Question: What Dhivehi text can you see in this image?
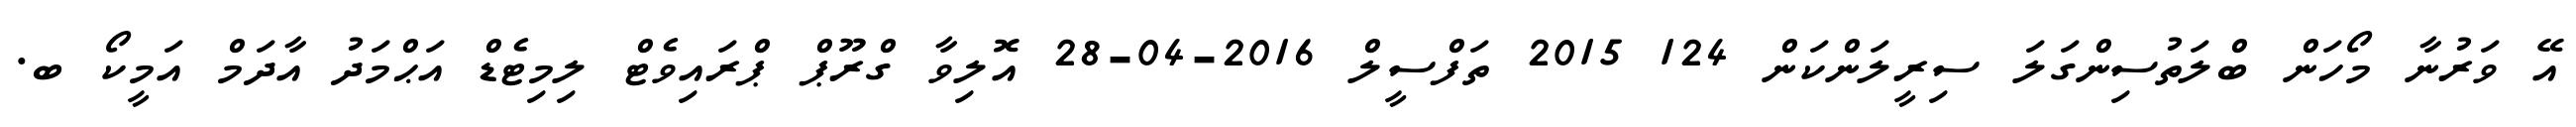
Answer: އޭ ވަރުނާ މޯހަން ބްލަތުސިންގަލަ ސިރީލަންކަން 124 2015 ތަފްސީލް 2016-04-28 އޮލިވާ ގްރޫޕް ޕްރައިވެޓް ލިމިޓެޑް އަޙްމަދު އާދަމް އަމީކޯ ބ.